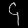
Digit: ၄